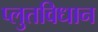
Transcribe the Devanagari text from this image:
प्लुतविधान